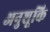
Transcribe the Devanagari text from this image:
अनुशूकि